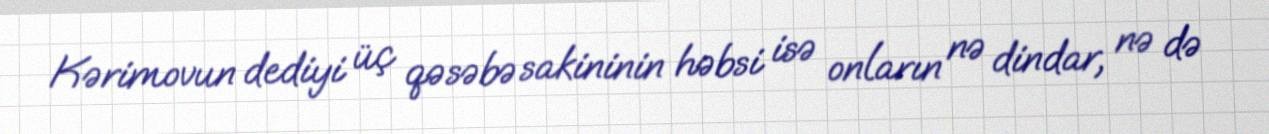
Kərimovun dediyi üç qəsəbə sakininin həbsi isə onların nə dindar, nə də